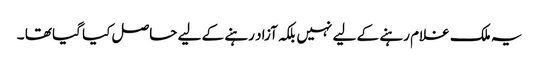
یہ ملک غلام رہنے کے لیے نہیں بلکہ آزاد رہنے کے لیے حاصل کیا گیا تھا ۔